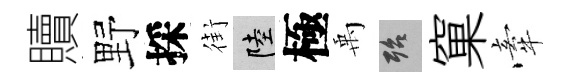
贖野採街陸極禹殆窠牽